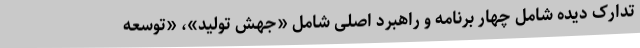
تدارک دیده شامل چهار برنامه و راهبرد اصلی شامل «جهش تولید»، «توسعه